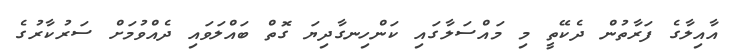
އާއިލާގެ ފަރާތުން ދެކޭތީ މި މައްސަލާގައި ކަންހިނގާދިޔަ ގޮތް ބައްލަވައި ދެއްވުމަށް ސަރުކާރުގެ